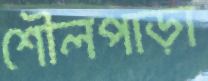
শৌলপাড়া